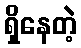
ရှိနေတဲ့